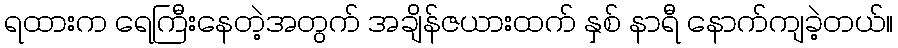
ရထားက ရေကြီးနေတဲ့အတွက် အချိန်ဇယားထက် နှစ် နာရီ နောက်ကျခဲ့တယ်။